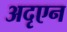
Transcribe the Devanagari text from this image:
अदृएन